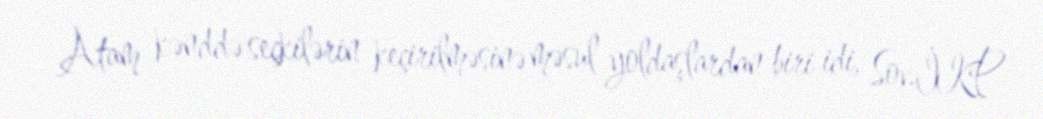
Atam kənddə seçkilərin keçirilməsinə məsul yoldaşlardan biri idi, Sov.İKP